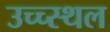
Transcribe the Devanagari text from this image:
उच्च्स्थल